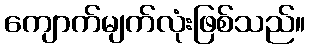
ကျောက်မျက်လုံးဖြစ်သည်။